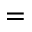
=